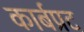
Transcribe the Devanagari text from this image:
कार्बप्रद